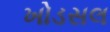
ખોડસલ